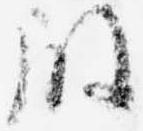
殿